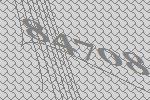
84708